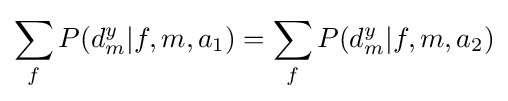
\sum _{f}P(d_{m}^{y}|f,m,a_{1})=\sum _{f}P(d_{m}^{y}|f,m,a_{2})